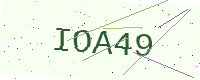
Text: IOA49